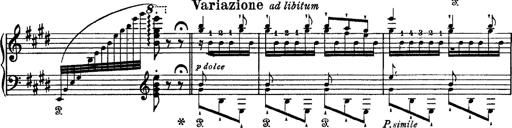
Title: Tarantelle di bravura dâ€™aprÃ¨s la tarantelle de La muette de Portici
Composer: Franz Liszt